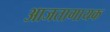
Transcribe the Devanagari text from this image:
आजतागायक